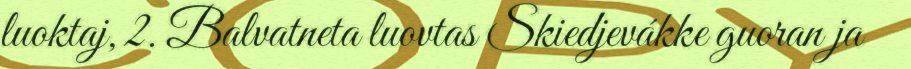
luoktaj, 2. Balvatneta luovtas Skiedjevákke guoran ja